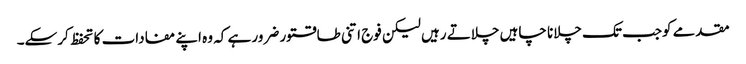
مقدمے کوجب تک چلانا چاہیں چلاتے رہیں لیکن فوج اتنی طاقتور ضرور ہے کہ وہ اپنے مفادات کا تحفظ کرسکے۔